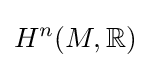
H^{n}(M,\mathbb {R} )